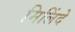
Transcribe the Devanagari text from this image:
मिलिंदे